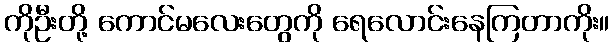
ကိုဦးတို့ ကောင်မလေးတွေကို ရေလောင်းနေကြတာကိုး။